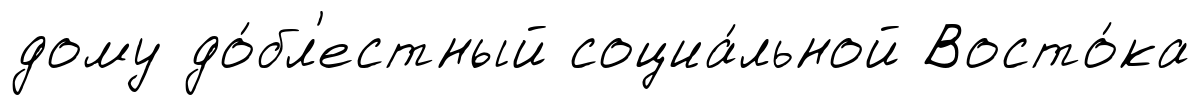
дому до́бл'естный социа́льной Восто́ка